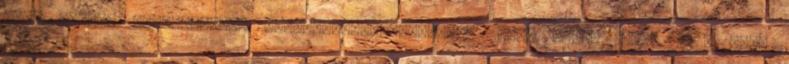
Zirc Városi Önkormányzat Képviselő-testületének 2007. május 14-én 16,15 órai